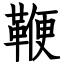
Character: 鞭